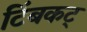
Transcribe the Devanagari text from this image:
टिंबकट्